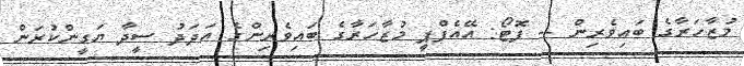
މުޒާހަރާގެ ބައިވެރިން -- ފޮޓޯ: އޭއެފްޕީ މުޒާހަރާގެ ބައިވެރިންގެ އަދަދު ސީދާ ޔަގީންކުރަން